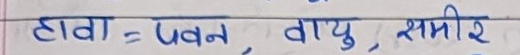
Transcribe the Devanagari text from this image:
हावा = पवन, वायु, समीर